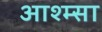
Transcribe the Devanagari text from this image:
आश्म्सा